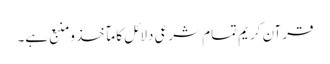
قرآن کریم تمام شرعی دلائل کا مآخذ ومنبع ہے۔